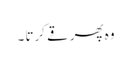
وہ پھر قے کرتا ۔